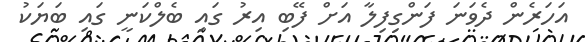
އަހަރެން ދެވަނަ ފަންގިފިލާ އަށް ފޭބި އިރު ގައި ބެލްކަނީ ގައި ބަޔަކު